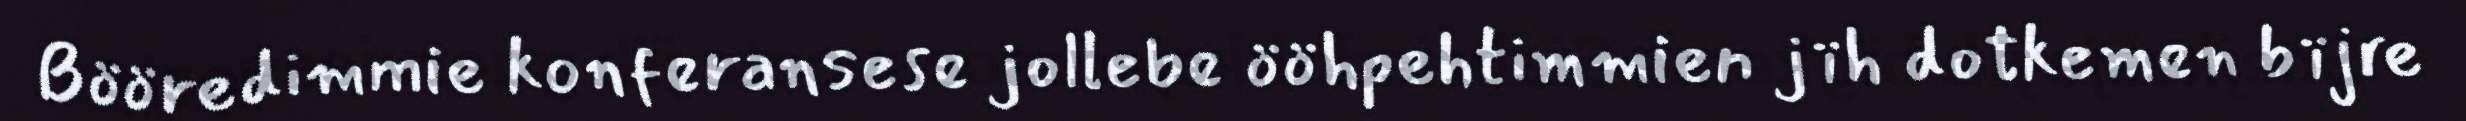
Bööredimmie konferansese jollebe ööhpehtimmien jïh dotkemen bïjre